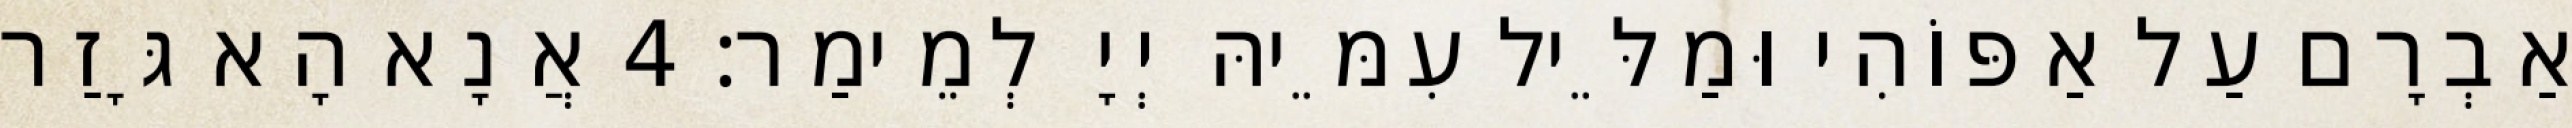
אַבְרָם עַל אַפּוֹהִי וּמַלֵּיל עִמֵּיהּ יְיָ לְמֵימַר׃ 4 אֲנָא הָא גָּזַר